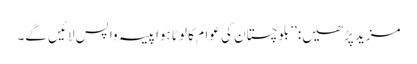
مزید پڑھیں: ’’ بلوچستان کی عوام کا لوٹا ہوا پیسہ واپس لائیں گے۔